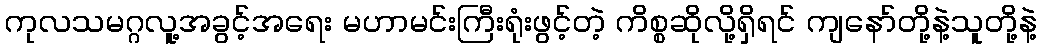
ကုလသမဂ္ဂလူ့အခွင့်အရေး မဟာမင်းကြီးရုံးဖွင့်တဲ့ ကိစ္စဆိုလို့ရှိရင် ကျနော်တို့နဲ့သူတို့နဲ့